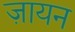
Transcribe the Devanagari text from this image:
ज़ायन